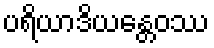
ပရိယာဒိယန္တေဝဿ